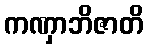
ကဏှာဘိဇာတိ